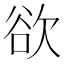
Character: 欲